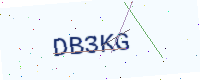
Text: DB3KG